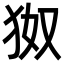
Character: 𪺹